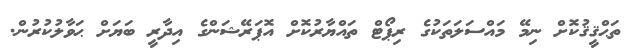
ތަޙްޤީޤުކޮށް ނިމޭ މައްސަލަތަކުގެ ރިޕޯޓް ތައްޔާރުކޮށް އޮޕަރޭޝަންގެ އިދާރީ ބަޔަށް ޙަވާލުކުރުން.